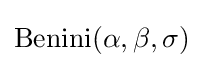
\operatorname {Benini} (\alpha ,\beta ,\sigma )